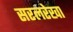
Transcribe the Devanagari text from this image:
सरलरेखा